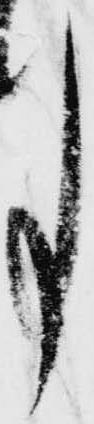
事